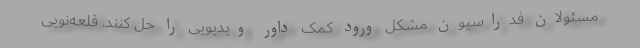
مسئولان فدراسیون مشکل ورود کمک داور ویدیویی را حل کنند. قلعه‌نویی